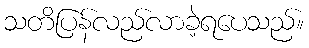
သတိပြန်လည်လာခဲ့ရပေသည်။